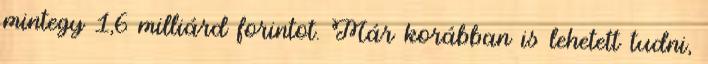
mintegy 1,6 milliárd forintot. Már korábban is lehetett tudni,